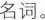
名词。